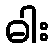
ဓါး